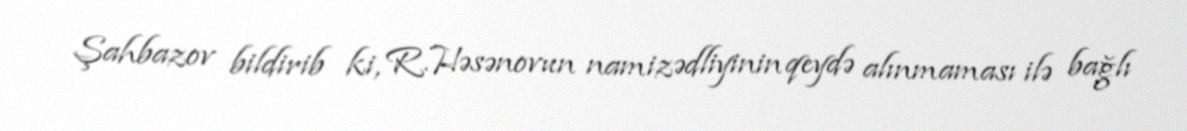
Şahbazov bildirib ki, R.Həsənovun namizədliyinin qeydə alınmaması ilə bağlı